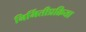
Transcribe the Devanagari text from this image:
निर्मितीप्रक्रिया